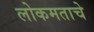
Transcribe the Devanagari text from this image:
लोकमताचे